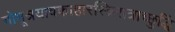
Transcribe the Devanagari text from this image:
गोमूत्रयावकाहारस्त्रिरात्राच्छुद्धिं